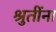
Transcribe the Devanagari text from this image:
श्रुतींना